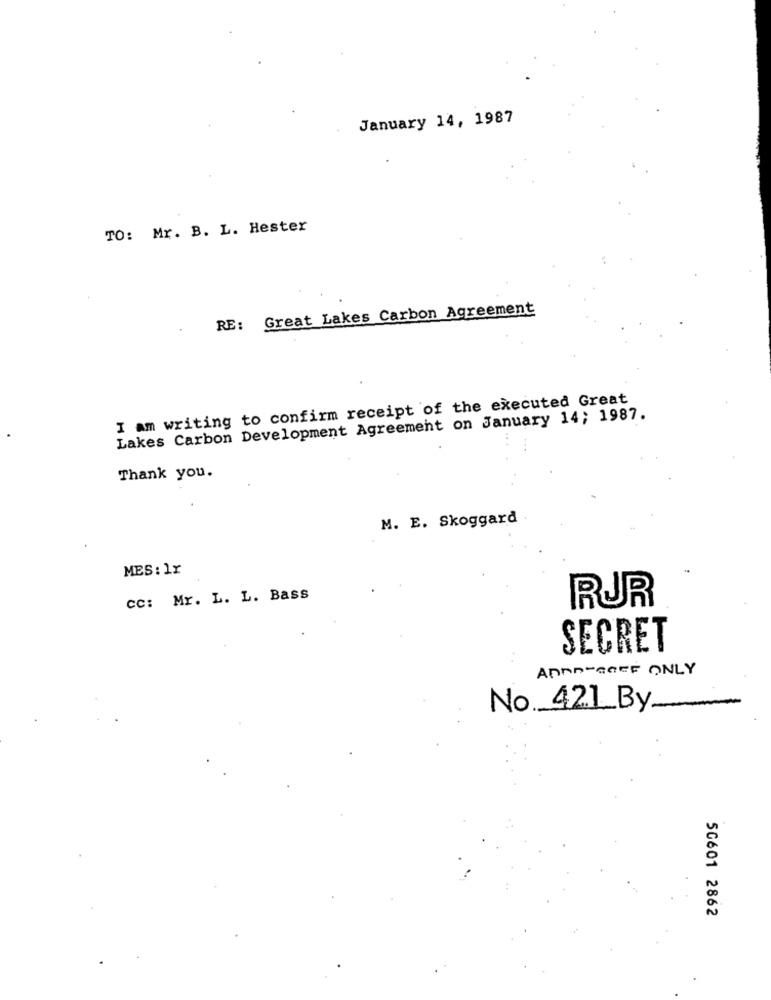
January 14, 1987
TO: Mr. B. L. Hester
RE: Great Lakes Carbon Agreement
I am writing to confirm receipt of the executed Great
Lakes Carbon Development Agreement on January 14; 1987.
Thank you.
M. E. Skoggard
MES: 1x
cc: Mr. L. L. Bass
RUR
SECRET
ANNA-GEEF ONLY
No ._ 421_By __
50601 2862